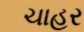
ચાહર